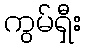
ကွမ်ရှီး